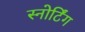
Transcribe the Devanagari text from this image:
स्नोर्टिंग